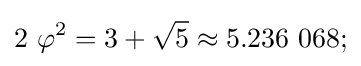
2~\varphi ^{2}=3+{\sqrt {5}}\approx 5.236~068;